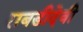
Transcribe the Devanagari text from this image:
राबडीदेवी